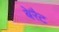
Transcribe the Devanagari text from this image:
बेरैट